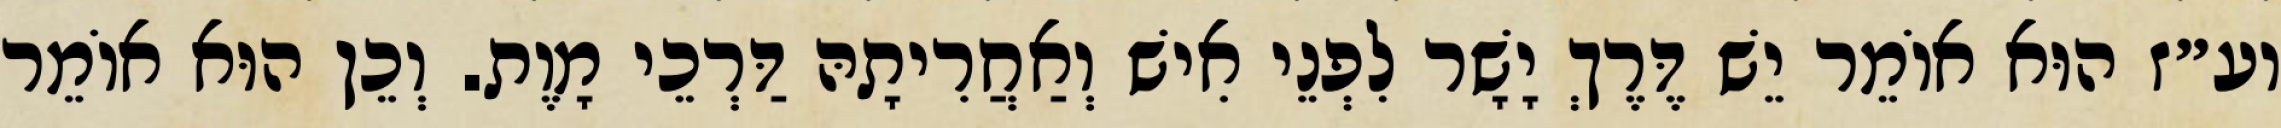
וע״ז הוּא אוֹמֵר יֵשׁ דֶּרֶךְ יָשָׁר לִפְנֵי אִישׁ וְאַחֲרִיתָהּ דַּרְכֵי מָוֶת. וְכֵן הוּא אוֹמֵר